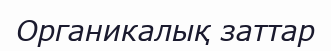
Органикалық заттар